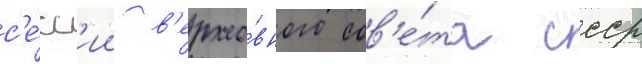
с'е́сс'ии в'ерхо́вного сов'е́та ссср